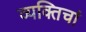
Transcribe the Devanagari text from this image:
व्यक्तिचां